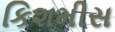
કિશમીસ